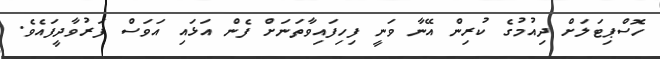
ހޮސްޕިޓަލަށް ދިއުމުގެ ކުރިން އޭނާ ވަނީ ފިހިފައިވާތަނަށް ފެން އަޅައި އަވަސް ފަރުވާދީފައެވެ.